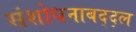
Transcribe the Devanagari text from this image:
संशोधनाबद्द्ल